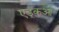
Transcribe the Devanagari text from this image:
एडूकुआ